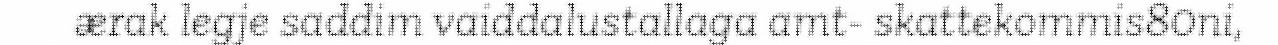
ærak legje saddim vaiddalustallaga amt- skattekommis80ni,